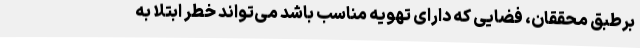
برطبق محققان، فضایی که دارای تهویه مناسب باشد می‌تواند خطر ابتلا به